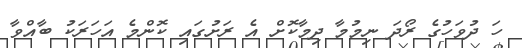
ހަ ދުވަހުގެ ރޯދަ ނިމުމާ ދިމާކޮށް އެ ރަށުގައި ކޮންމެ އަހަރަކު ބާއްވާ